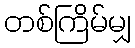
တစ်ကြိမ်မျှ